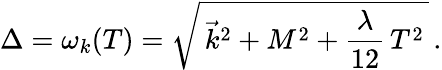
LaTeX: \Delta=\omega_{k}(T)=\sqrt{\, \vec{k}^{2}+M^{2}+\frac{\lambda}{12}\, T^{2}\, }\, .